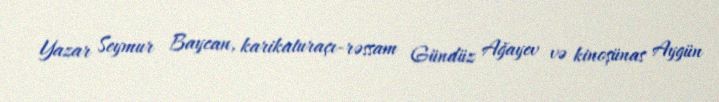
Yazar Seymur Baycan, karikaturaçı-rəssam Gündüz Ağayev və kinoşünas Aygün